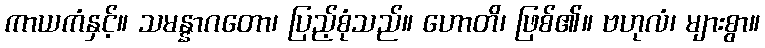
ကာယကံနှင့်။ သမန္နာဂတော၊ ပြည့်စုံသည်။ ဟောတိ၊ ဖြစ်၏။ ဗဟုလံ၊ များစွာ။